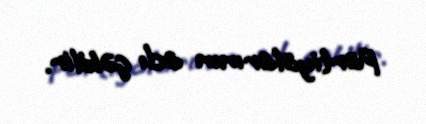
Partiyalarının adı çəkilir.